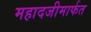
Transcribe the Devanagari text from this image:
महादजीमार्फत